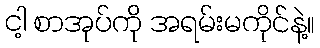
ငါ့ စာအုပ်ကို အရမ်းမကိုင်နဲ့။